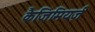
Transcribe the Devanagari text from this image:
कैजिमियर्ज़